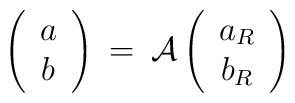
\left( \begin{array}{c} a \\ b \end{array} \right) \: = \: {\cal A}\left( \begin{array}{c} a_R \\ b_R \end{array} \right)